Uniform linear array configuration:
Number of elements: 8
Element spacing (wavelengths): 0.75
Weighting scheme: blackman
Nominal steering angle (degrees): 0
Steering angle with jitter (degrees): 0.8847
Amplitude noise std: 0.05
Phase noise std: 0.05

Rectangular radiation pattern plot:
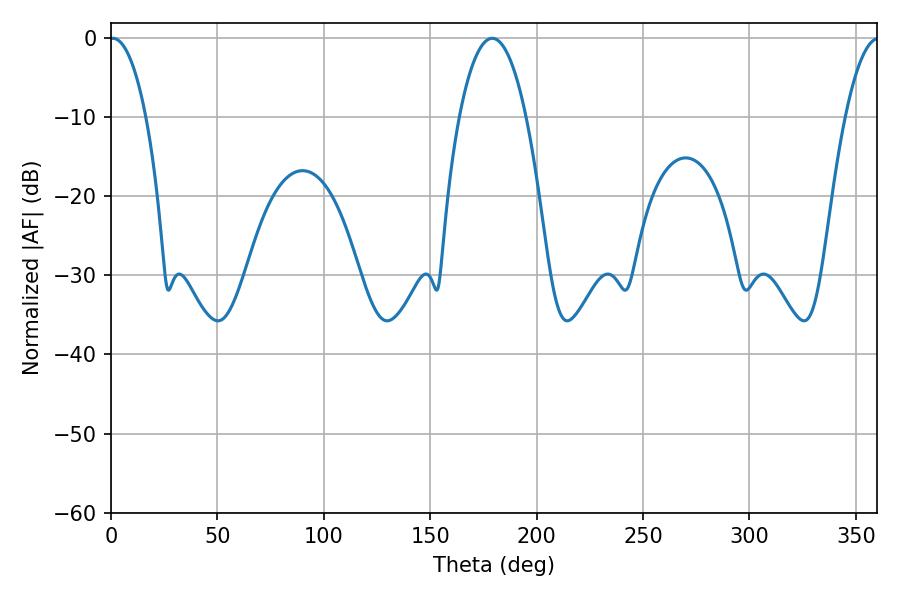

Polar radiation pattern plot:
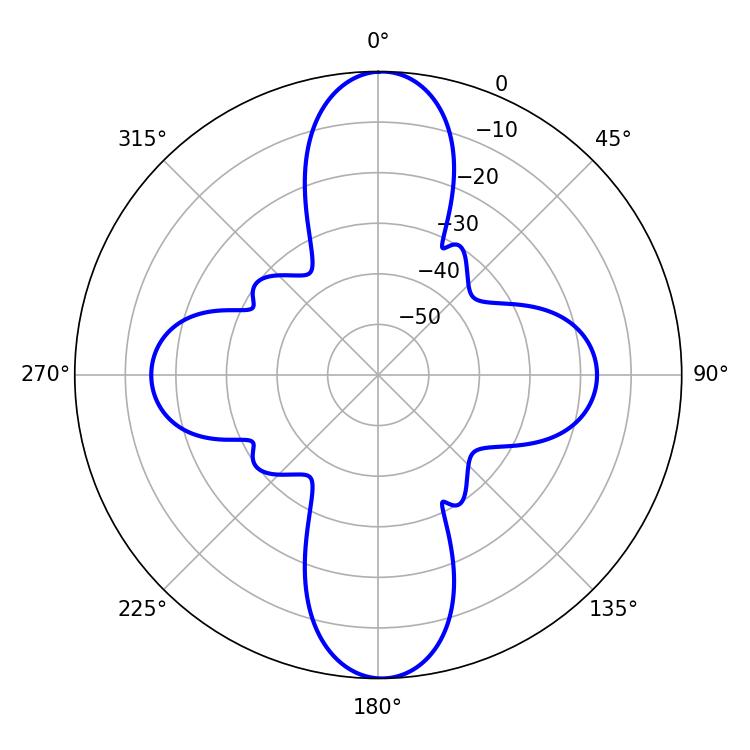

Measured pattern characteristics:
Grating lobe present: TRUE
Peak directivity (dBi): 26.437
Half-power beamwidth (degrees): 9.54
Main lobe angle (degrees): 0.9